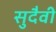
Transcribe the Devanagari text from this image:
सुदैवी